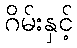
ဂိမ်းနှင့်